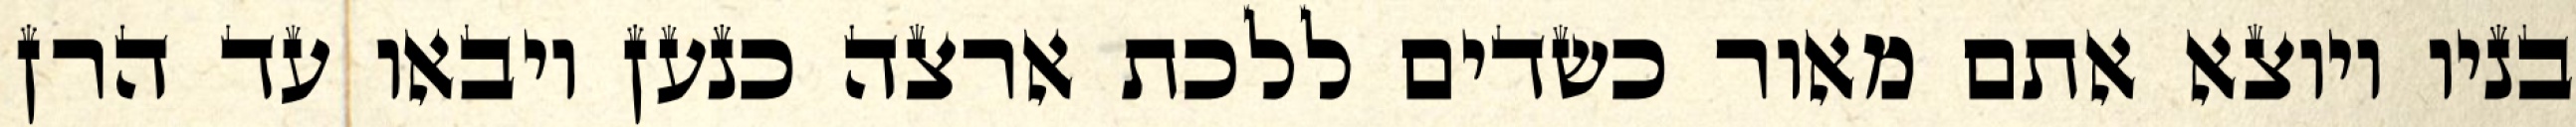
בניו ויוצא אתם מאור כשדים ללכת ארצה כנען ויבאו עד הרן